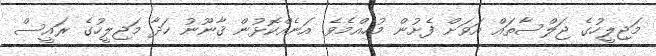
މަޖިލީހުގެ ޖަލްސާތައް އަވަށް ފެށުން މުހިއްމެވެ. އަނެއްކޮޅުން ޤާނޫނު ހަދާ މަޖިލީހުގެ ރައީސް